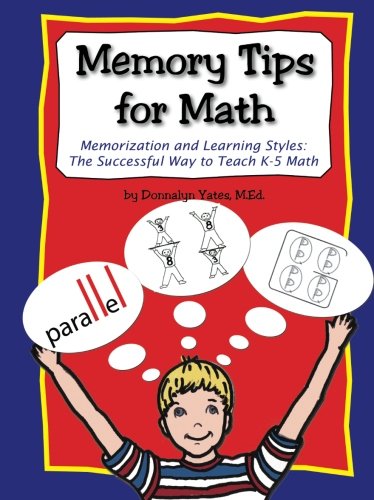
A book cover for Memory Tips for Math, Memorization and Learning Styles: The Successful Way to Teach K-5 Math; Donnalyn Yates; Parenting & Relationships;